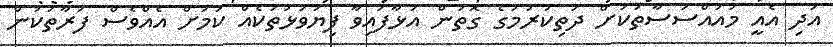
އަދި އެއީ މުއައްސަސާތަކަށް ދަތިކުރުމުގެ ގޮތުން އަޅާފައިވާ ފިޔަވަޅުތަކެއް ކަމަށް އެއްވެސް ފަރާތަކުން